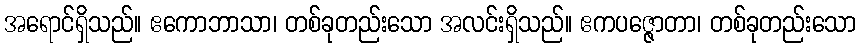
အရောင်ရှိသည်။ ဧကောဘာသာ၊ တစ်ခုတည်းသော အလင်းရှိသည်။ ဧကပဇ္ဇောတာ၊ တစ်ခုတည်းသော